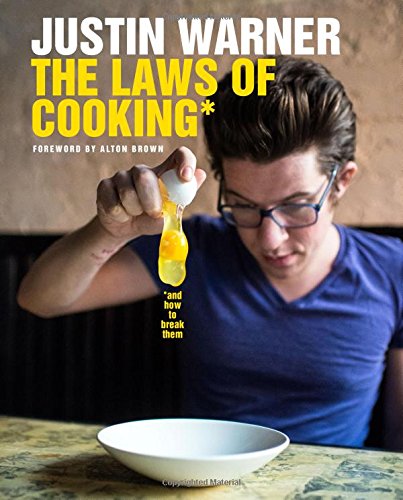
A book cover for The Laws of Cooking: And How to Break Them; Justin Warner; Cookbooks, Food & Wine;